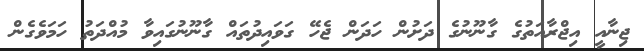
ޖިނާއީ އިޖްރާއަތުގެ ގާނޫނުގެ ދަށުން ހަދަން ޖެހޭ ގަވައިދުތައް ގާނޫނުގައިވާ މުއްދަތު ހަމަވެގެން